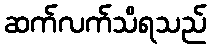
ဆက်လက်သိရသည်